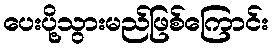
ပေးပို့သွားမည်ဖြစ်ကြောင်း